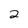
Character: 2